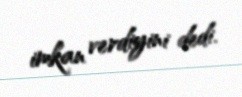
imkan verdiyini dedi.